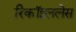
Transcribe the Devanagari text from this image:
रिकॉइललेस